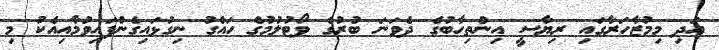
އަދި މިމުޒާހަރާގައި ރިޔާސީ އިންތިހާބުގެ ދެވަނަ ބުރުގެ ވޯޓުލުމުގެ ހައްގު ނިގުޅައިގެންފައިވުމާއިއެކު މި